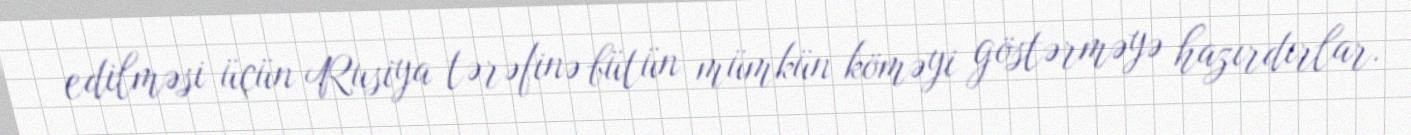
edilməsi üçün Rusiya tərəfinə bütün mümkün köməyi göstərməyə hazırdırlar.